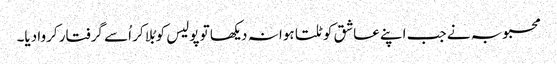
محبوبہ نے جب اپنے عاشق کو ٹلتا ہوا نہ دیکھا تو پولیس کو بُلا کر اُسے گرفتار کروا دیا۔